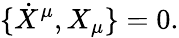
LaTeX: \{ \dot{X}^{\mu},X_{\mu}\} =0.